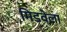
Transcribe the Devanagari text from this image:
मिडवेला